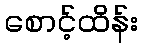
စောင့်ထိန်း